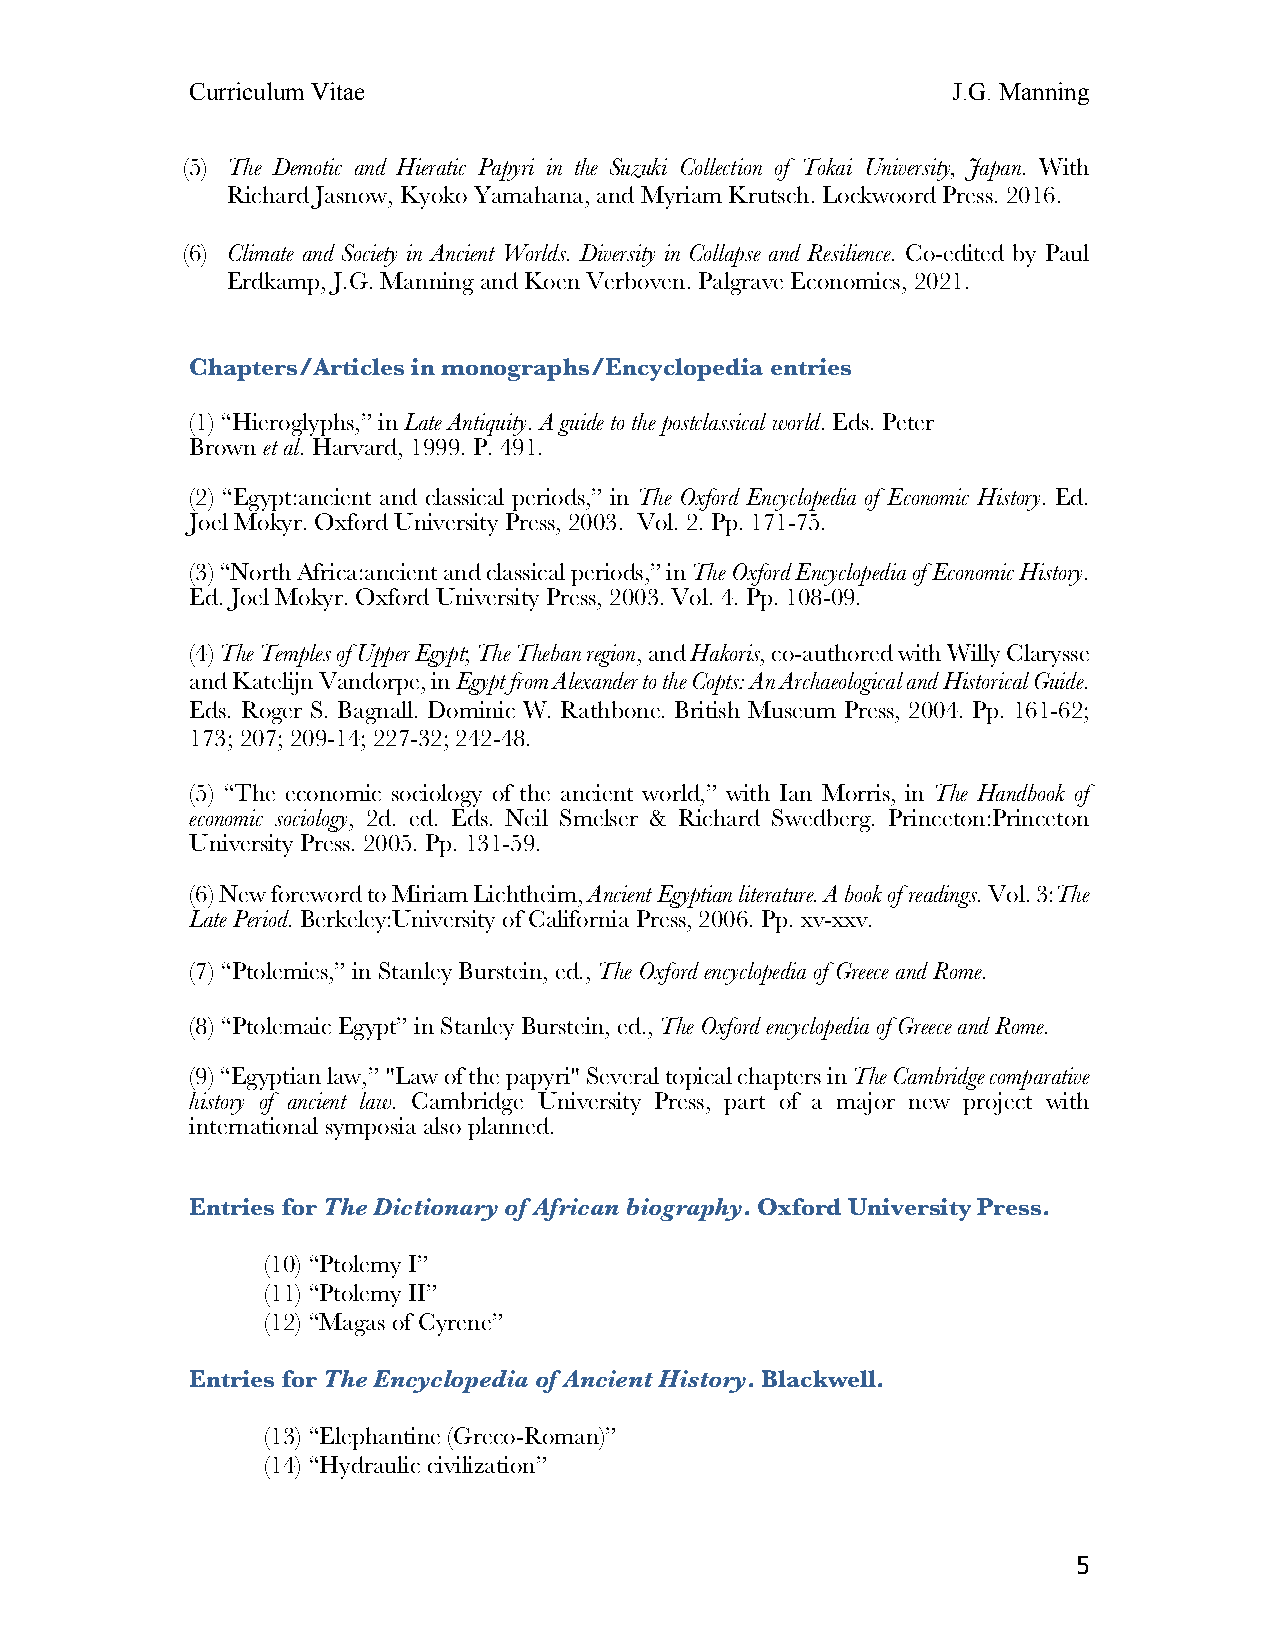
Curriculum Vitae                                  J.G. Manning
 (5) The Demotic and Hieratic Papyri in the Suzuki Collection of Tokai University, Japan. With
 Richard Jasnow, Kyoko Yamahana, and Myriam Krutsch. Lockwoord Press. 2016.
 (6) Climate and Society in Ancient Worlds. Diversity in Collapse and Resilience. Co-edited by Paul
 Erdkamp, J.G. Manning and Koen Verboven. Palgrave Economics, 2021.
 Chapters/Articles in monographs/Encyclopedia entries
 (1) “Hieroglyphs,” in Late Antiquity. A guide to the postclassical world. Eds. Peter
 Brown et al. Harvard, 1999. P. 491.
 (2) “Egypt:ancient and classical periods,” in The Oxford Encyclopedia of Economic History. Ed.
 Joel Mokyr. Oxford University Press, 2003. Vol. 2. Pp. 171-75.
 (3) “North Africa:ancient and classical periods,” in The Oxford Encyclopedia of Economic History.
 Ed. Joel Mokyr. Oxford University Press, 2003. Vol. 4. Pp. 108-09.
 (4) The Temples of Upper Egypt; The Theban region, and Hakoris, co-authored with Willy Clarysse
 and Katelijn Vandorpe, in Egypt from Alexander to the Copts: An Archaeological and Historical Guide.
 Eds. Roger S. Bagnall. Dominic W. Rathbone. British Museum Press, 2004. Pp. 161-62;
 173; 207; 209-14; 227-32; 242-48.
 (5) “The economic sociology of the ancient world,” with Ian Morris, in The Handbook of
 economic sociology, 2d. ed. Eds. Neil Smelser & Richard Swedberg. Princeton:Princeton
 University Press. 2005. Pp. 131-59.
 (6) New foreword to Miriam Lichtheim, Ancient Egyptian literature. A book of readings. Vol. 3:The
 Late Period. Berkeley:University of California Press, 2006. Pp. xv-xxv.
 (7) “Ptolemies,” in Stanley Burstein, ed., The Oxford encyclopedia of Greece and Rome.
 (8) “Ptolemaic Egypt” in Stanley Burstein, ed., The Oxford encyclopedia of Greece and Rome.
 (9) “Egyptian law,” "Law of the papyri" Several topical chapters in The Cambridge comparative
 history of ancient law. Cambridge University Press, part of a major new project with
 international symposia also planned.
 Entries for The Dictionary of African biography. Oxford University Press.
 (10) “Ptolemy I”
 (11) “Ptolemy II”
 (12) “Magas of Cyrene”
 Entries for The Encyclopedia of Ancient History. Blackwell.
 (13) “Elephantine (Greco-Roman)”
 (14) “Hydraulic civilization”
 5